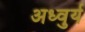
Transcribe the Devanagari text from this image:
अध्वुर्य